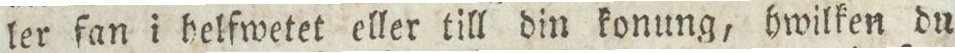
ler fan i helfwetet eller till din konung, hwilken du